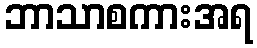
ဘာသာစကားအရ